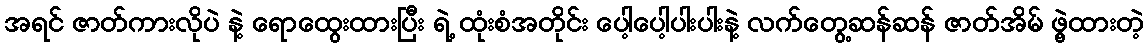
အရင် ဇာတ်ကားလိုပဲ နဲ့ ရောထွေးထားပြီး ရဲ့ ထုံးစံအတိုင်း ပေါ့ပေါ့ပါးပါးနဲ့ လက်တွေ့ဆန်ဆန် ဇာတ်အိမ် ဖွဲ့ထားတဲ့